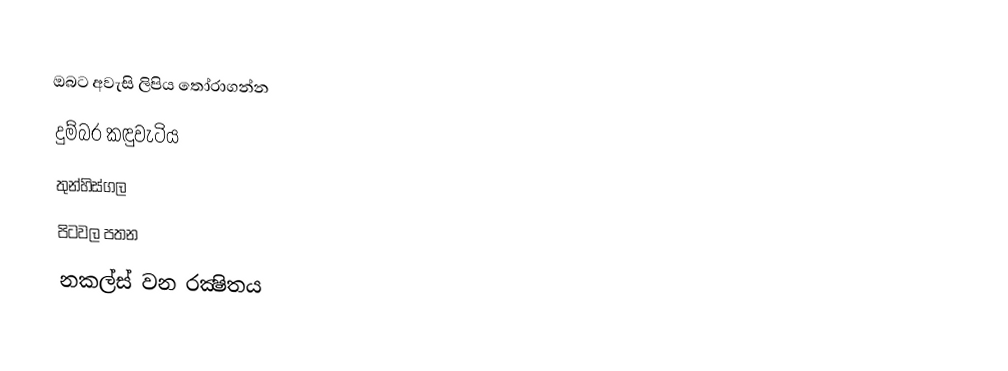
ඔබට අවැසි ලිපිය තෝරාගන්න
 දුම්බර කඳුවැටිය
 තුන්හිස්ගල
 පිටවල පතන
 නකල්ස් වන රක්‍ෂිතය